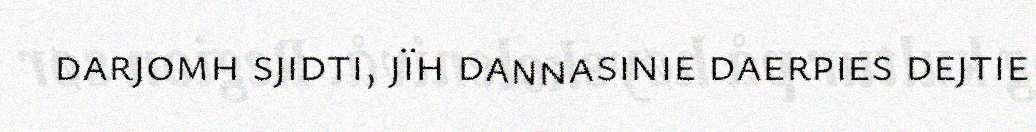
darjomh sjidti, jïh dannasinie daerpies dejtie